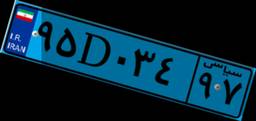
۹۵D۰۳۴۹۷